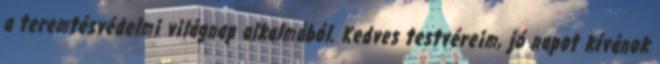
a teremtésvédelmi világnap alkalmából. Kedves testvéreim, jó napot kívánok